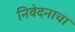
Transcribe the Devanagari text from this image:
निवेदनाचा